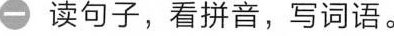
一读句子，看拼音，写词语。